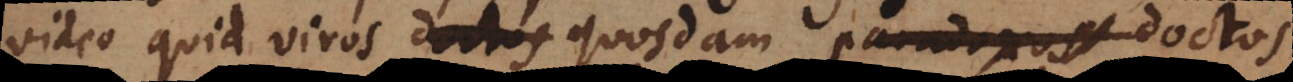
video quid viros doctos quosdam paradoxos